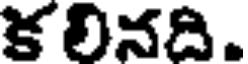
కలినది.